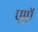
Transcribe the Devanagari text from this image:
पाएॅ